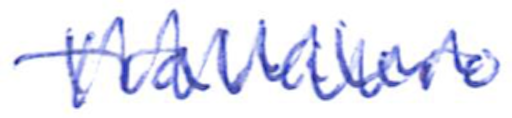
Text: Trallalero
Cross-out: zig-zag
Writing tool: ballpoint